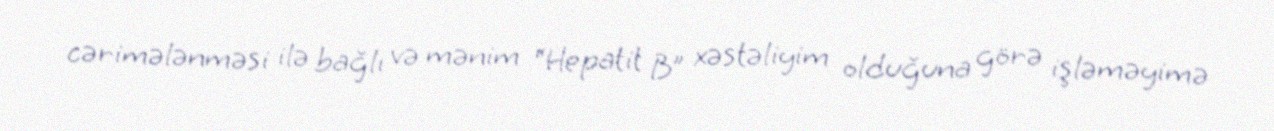
cərimələnməsi ilə bağlı və mənim “Hepatit B” xəstəliyim olduğuna görə işləməyimə